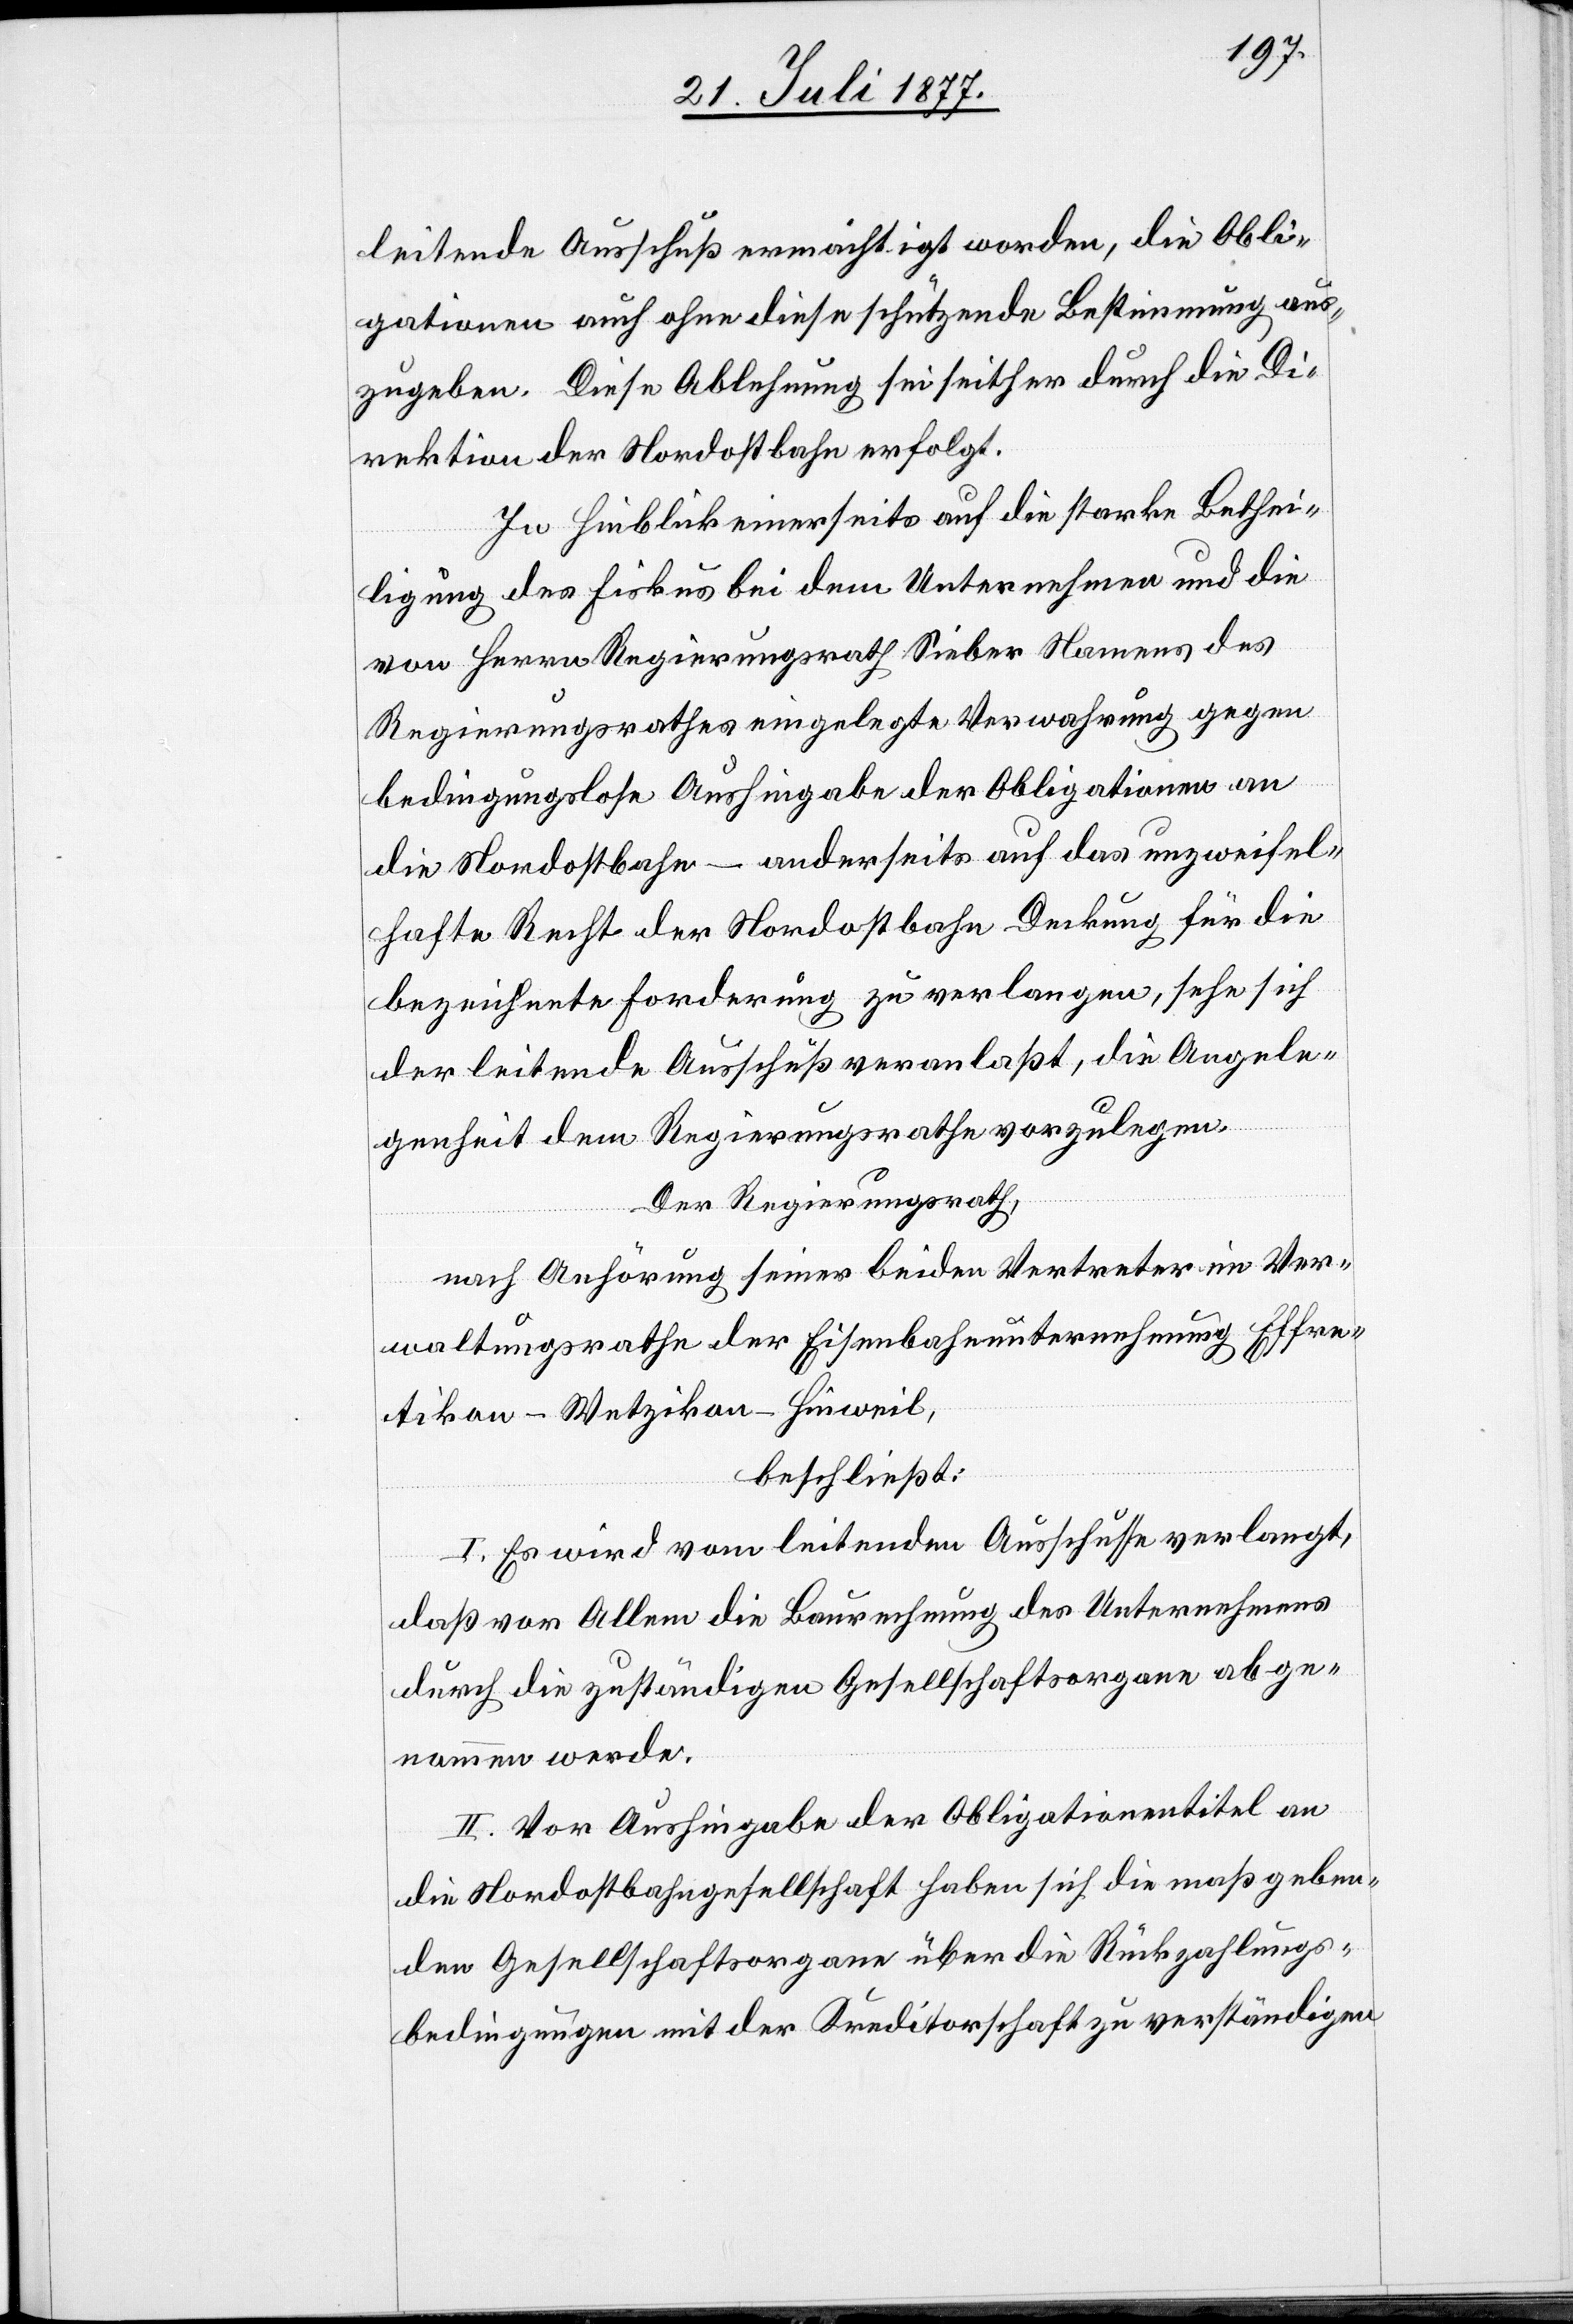
leitende Ausschuß ermächtigt worden, die Obli¬
gationen auch ohne diese schützende Bestimmung aus¬
zugeben. Diese Ablehnung sei seither durch die Di¬
rektion der Nordostbahn erfolgt.
In Hinblick einerseits auf die starke Bethei¬
ligung des Fiskus bei dem Unternehmen und die
von Herrn Regierungsrath Sieber Namens des
Regierungsrathes eingelegte Verwahrung gegen
bedingungslose Aushingabe der Obligationen an
die Nordostbahn – anderseits auf das unzweifel¬
hafte Recht der Nordostbahn Deckung für die
bezeichnete Forderung zu verlangen, sehe sich
der leitende Ausschuß veranlaßt, die Angele¬
genheit dem Regierungsrathe vorzulegen.
Der Regierungsrath,
nach Anhörung seiner beiden Vertreter im Ver¬
waltungsrathe der Eisenbahnunternehmung Effre¬
tikon–Wetzikon–Hinweil,
beschließt:
I. Es wird vom leitenden Ausschusse verlangt,
daß vor Allem die Baurechnung des Unternehmens
durch die zuständigen Gesellschaftsorgane abge¬
nommen werde.
II. Vor Aushingabe der Obligationentitel an
die Nordostbahngesellschaft haben sich die maßgeben¬
den Gesellschaftsorgane über die Rückzahlungs¬
bedingungen mit der Kreditorschaft zu verständigen